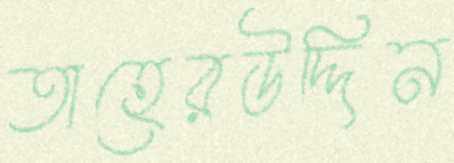
তাহেরউদ্দিন